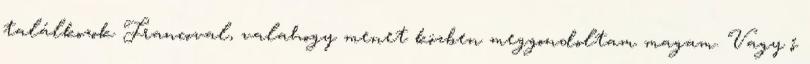
találkozok Francoval, valahogy menet közben meggondoltam magam. Vagy ő